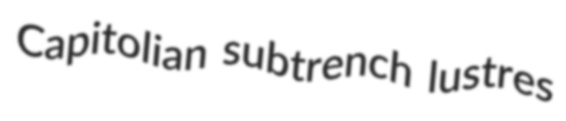
Capitolian subtrench lustres